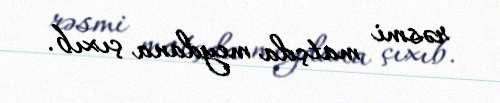
rəsmi matçda meydana çıxıb.